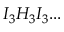
I _ { 3 } H _ { 3 } I _ { 3 } . . .